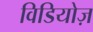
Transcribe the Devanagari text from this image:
विडियोज़